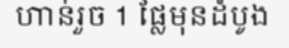
ហាន់រួច 1 ផ្លែមុនដំបូង